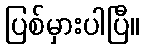
ပြစ်မှားပါပြီ။